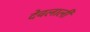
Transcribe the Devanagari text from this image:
देवलाली